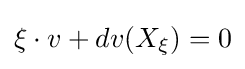
\xi \cdot v+dv(X_{\xi })=0